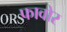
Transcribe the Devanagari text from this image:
फावोर